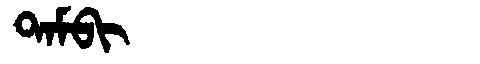
Manchu: ᡨᠠᠮᠪᡳ
Romanization: TAMBI